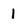
Character: 1